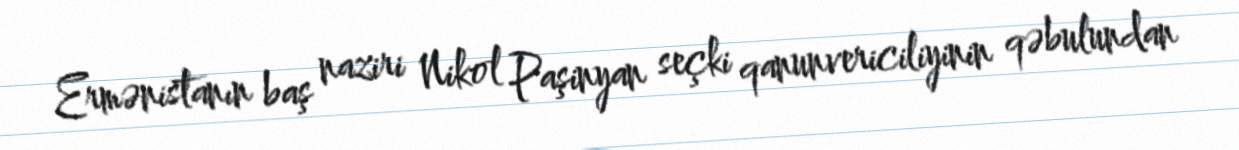
Ermənistanın baş naziri Nikol Paşinyan seçki qanunvericiliyinin qəbulundan